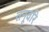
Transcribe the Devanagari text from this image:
तनूवरि